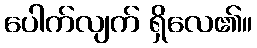
ပေါက်လျက် ရှိလေ၏။